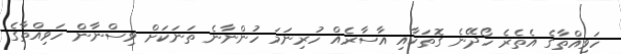
ހަވިއްތާގެ އެތެރެ ހޯދޭނެ ގޮތަކާއި އާސާރެއް ހުރިނަމަ ހުންނާނެ ތަނަކަށް ވިސްނާން ހަވިއްތާގެ